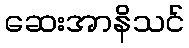
ဆေးအာနိသင်